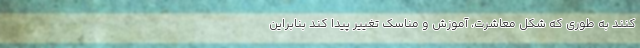
کنند به طوری که شکل معاشرت، آموزش و مناسک تغییر پیدا کند بنابراین